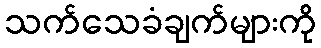
သက်သေခံချက်များကို